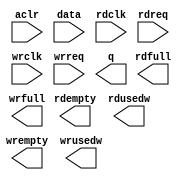
module alt_fifo_32b_8w (
	aclr,
	data,
	rdclk,
	rdreq,
	wrclk,
	wrreq,
	q,
	rdempty,
	rdfull,
	rdusedw,
	wrempty,
	wrfull,
	wrusedw);

	input	  aclr;
	input	[31:0]  data;
	input	  rdclk;
	input	  rdreq;
	input	  wrclk;
	input	  wrreq;
	output	[31:0]  q;
	output	  rdempty;
	output	  rdfull;
	output	[2:0]  rdusedw;
	output	  wrempty;
	output	  wrfull;
	output	[2:0]  wrusedw;
`ifndef ALTERA_RESERVED_QIS
// synopsys translate_off
`endif
	tri0	  aclr;
`ifndef ALTERA_RESERVED_QIS
// synopsys translate_on
`endif

endmodule